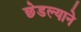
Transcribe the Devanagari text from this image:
छेडल्याने